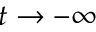
t \to - \infty